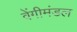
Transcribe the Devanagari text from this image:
वेंगीमंडल